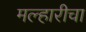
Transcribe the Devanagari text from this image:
मल्हारीचा